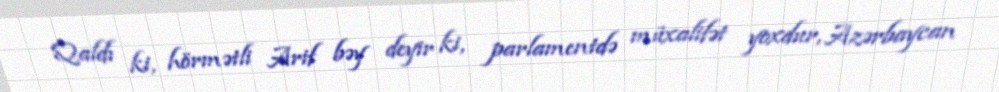
Qaldı ki, hörmətli Arif bəy deyir ki, parlamentdə müxalifət yoxdur, Azərbaycan